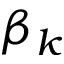
\beta _ { k }